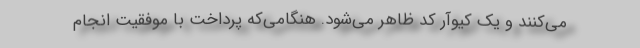
می‌کنند و یک کیوآر کد ظاهر می‌شود. هنگامی‌که پرداخت با موفقیت انجام